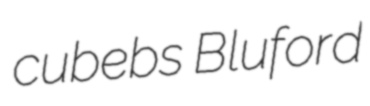
cubebs Bluford